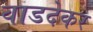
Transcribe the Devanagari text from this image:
वाडदेकर